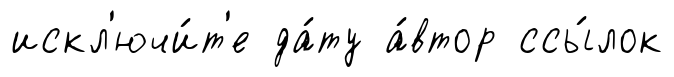
искл'ючи́т'е да́ту а́втор ссы́лок